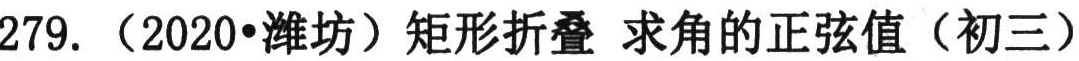
279. （2020•潍坊）矩形折叠 求角的正弦值（初三）